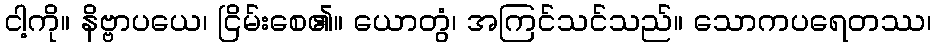
ငါ့ကို။ နိဗ္ဗာပယေ၊ ငြိမ်းစေ၏။ ယောတွံ၊ အကြင်သင်သည်။ သောကပရေတဿ၊